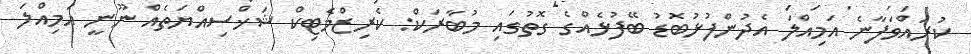
ކުރައްވަފާނެ އަމިއްލަ އެދުންފުޅުބޮޑު ބޭފުޅެއްގެ ގޮތުގައި މުބާރަކް: ކެރިޒްމެޓިކް ޝަޚްސިއްޔަތެއް ނޫނީ އަމިއްލަ